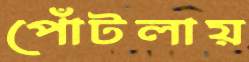
পোঁটলায়